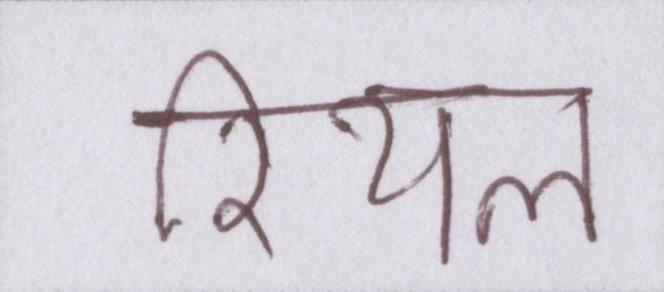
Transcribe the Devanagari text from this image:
रियल